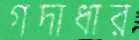
গদাধার